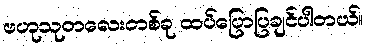
ဗဟုသုတလေးတစ်ခု ထပ်ပြောပြချင်ပါတယ်။